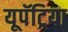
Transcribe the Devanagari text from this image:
यूपॅट्रिया